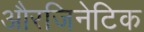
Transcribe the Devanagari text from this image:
औरजिनेटिक